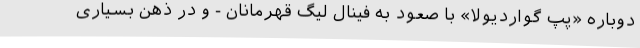
دوباره «پپ گواردیولا» با صعود به فینال لیگ قهرمانان - و در ذهن بسیاری